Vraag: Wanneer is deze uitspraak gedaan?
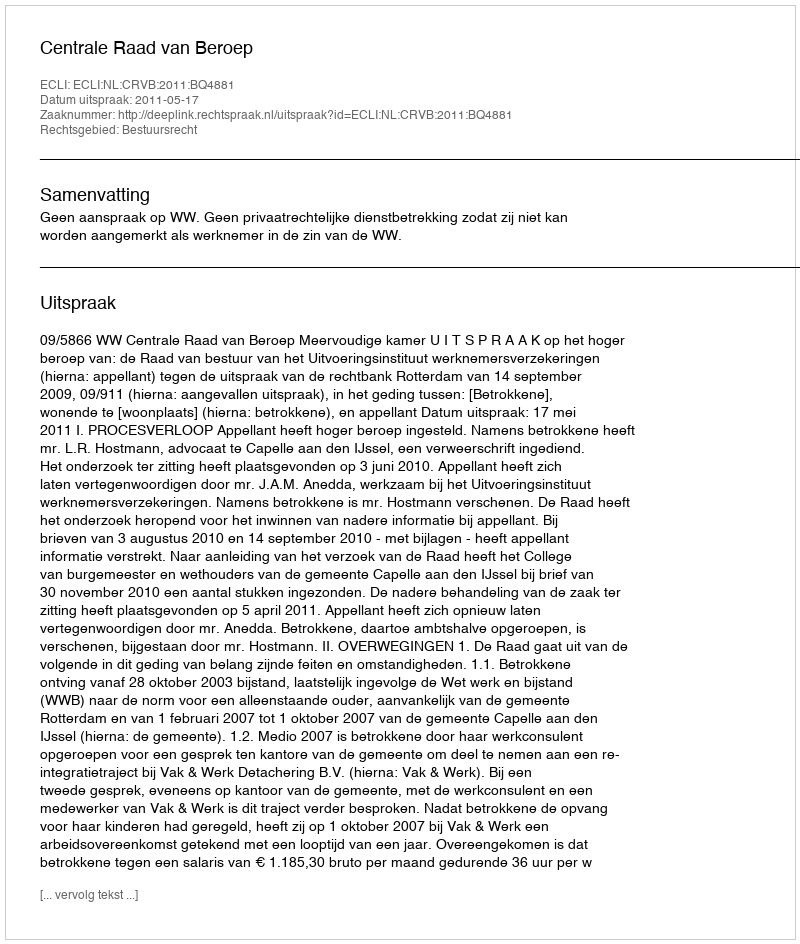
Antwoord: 2011-05-17